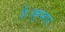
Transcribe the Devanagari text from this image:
है।कुम्हार